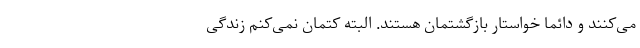
می‌کنند و دائماً خواستار بازگشتمان هستند. البته کتمان نمی‌کنم زندگی